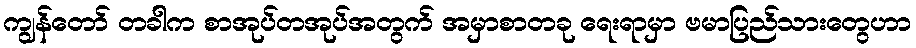
ကျွန်တော် တခါက စာအုပ်တအုပ်အတွက် အမှာစာတခု ရေးရာမှာ ဗမာပြည်သားတွေဟာ